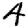
Digit: 4